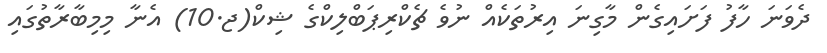
ދެވަނަ ހާފު ފަށައިގެން މާގިނަ އިރުތަކެއް ނުވެ ޗެކްރިޕަބްލިކްގެ ޝިކް(ޖ.10) އެނާ މިމިބާރާތުގައި